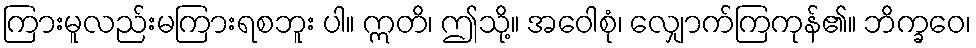
ကြားမူလည်းမကြားရစဘူး ပါ။ ဣတိ၊ ဤသို့။ အဝေါစုံ၊ လျှောက်ကြကုန်၏။ ဘိက္ခဝေ၊